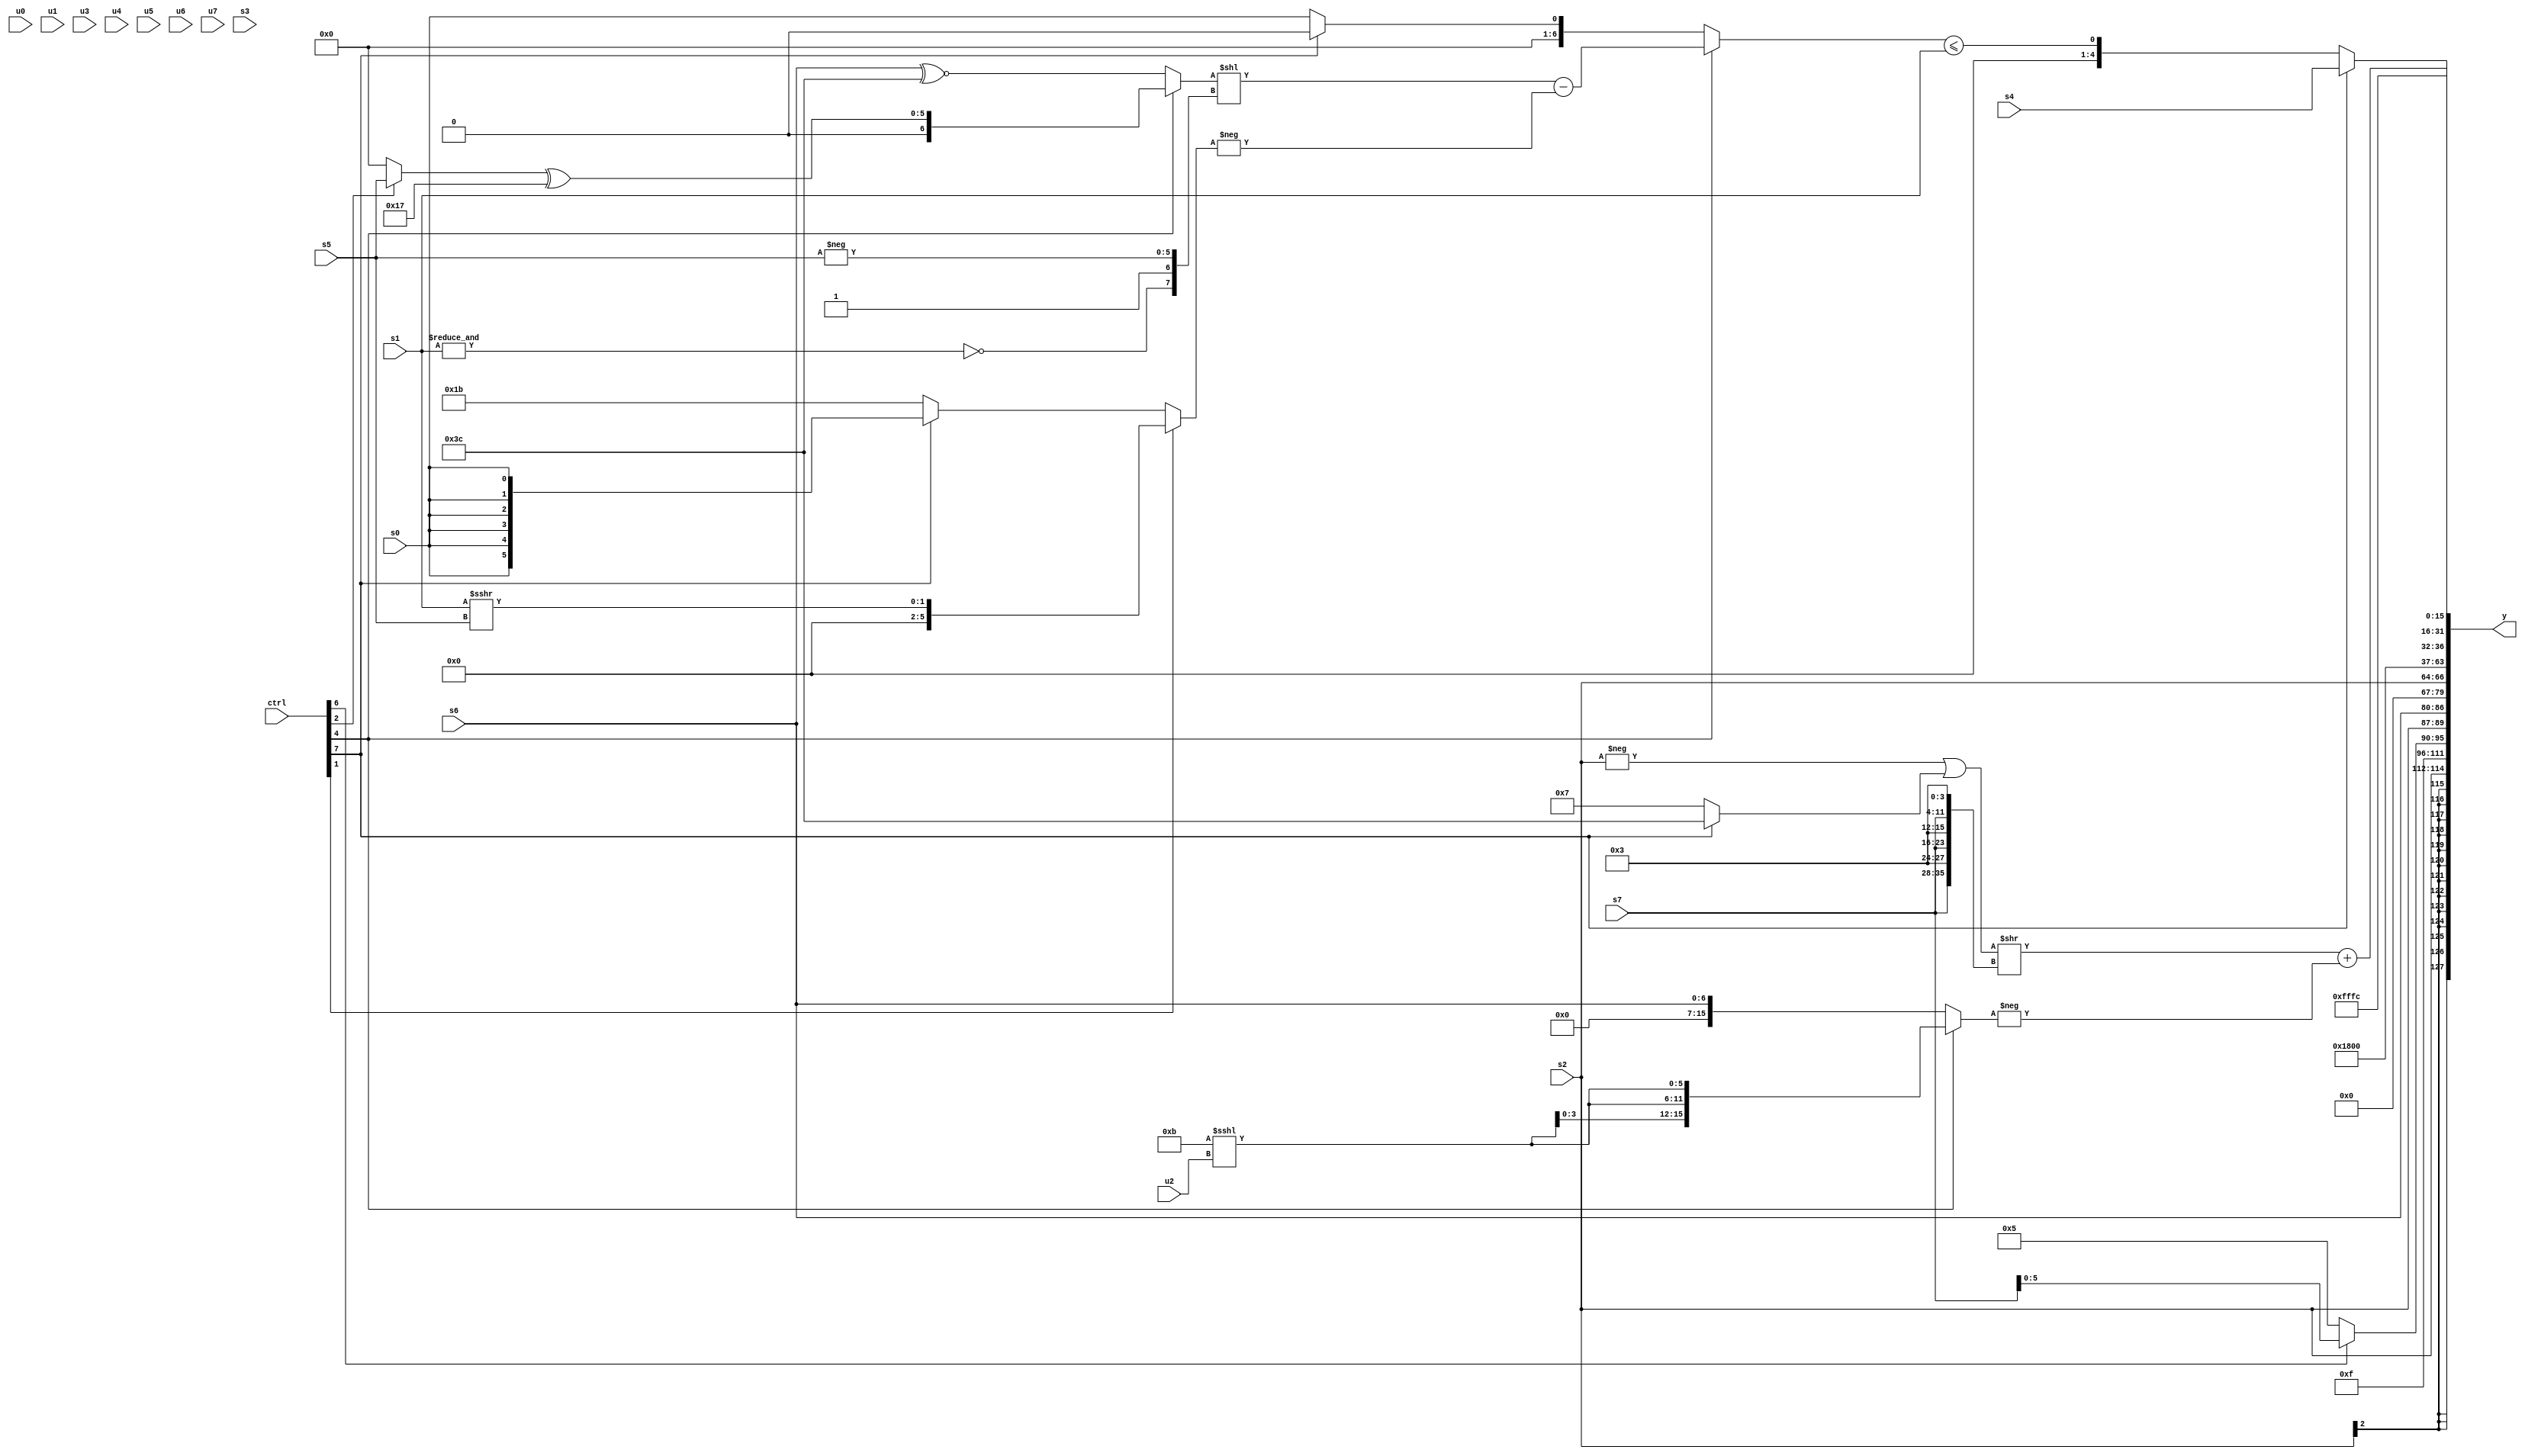
module wideexpr_00333(ctrl, u0, u1, u2, u3, u4, u5, u6, u7, s0, s1, s2, s3, s4, s5, s6, s7, y);
  input [7:0] ctrl;
  input [0:0] u0;
  input [1:0] u1;
  input [2:0] u2;
  input [3:0] u3;
  input [4:0] u4;
  input [5:0] u5;
  input [6:0] u6;
  input [7:0] u7;
  input signed [0:0] s0;
  input signed [1:0] s1;
  input signed [2:0] s2;
  input signed [3:0] s3;
  input signed [4:0] s4;
  input signed [5:0] s5;
  input signed [6:0] s6;
  input signed [7:0] s7;
  output [127:0] y;
  wire [15:0] y0;
  wire [15:0] y1;
  wire [15:0] y2;
  wire [15:0] y3;
  wire [15:0] y4;
  wire [15:0] y5;
  wire [15:0] y6;
  wire [15:0] y7;
  assign y = {y0,y1,y2,y3,y4,y5,y6,y7};
  assign y0 = $signed(s2);
  assign y1 = 5'sb01111;
  assign y2 = {{4{({u6,(s6)<=(+({6'sb111000})),+(s6),(s5)<<<(u4)})>>(5'sb00100)}},2'sb11,{(ctrl[1]?(ctrl[1]?$signed((ctrl[1]?6'sb001010:s5)):{2{(ctrl[2]?s3:(($signed(2'sb10))<<<((3'b000)&(2'b11)))|(s3))}}):(ctrl[1]?({3{(5'sb00000)>>(u3)}})+({3{{3'sb100,(ctrl[7]?{1{u7}}:s4)}}}):{3{$signed(($signed(3'sb001))|(s5))}})),&(2'sb10),$signed((ctrl[6]?s7:4'sb0101)),s2},$signed(s6)};
  assign y3 = $unsigned(s2);
  assign y4 = 3'b011;
  assign y5 = (ctrl[7]?s4:((ctrl[4]?(((ctrl[4]?((ctrl[2]?s5:2'sb00))^((6'sb101111)>>>(4'sb0001)):+((s6)^~(6'sb111100))))<<({~(&(s1)),1'sb1,{-(s5)}}))-(-((ctrl[1]?{1{(s1)>>>(s5)}}:{1{(ctrl[7]?s0:6'sb011011)}}))):(ctrl[7]?$signed(1'sb0):s0)))<=(s1));
  assign y6 = ($signed($signed(((-(s2))|((ctrl[7]?3'sb100:6'sb000111)))>>({3{{s7,4'b0011}}}))))+(-((ctrl[4]?{4{(6'sb001011)<<<(+(u2))}}:s6)));
  assign y7 = 3'sb100;
endmodule